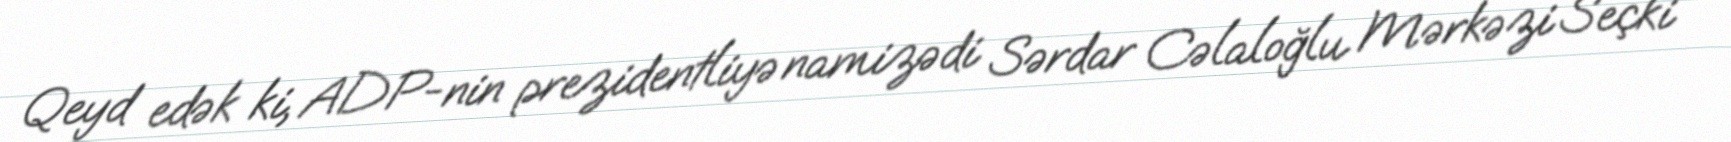
Qeyd edək ki, ADP-nin prezidentliyə namizədi Sərdar Cəlaloğlu Mərkəzi Seçki